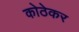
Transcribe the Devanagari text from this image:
कोठेकर